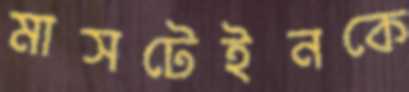
মাসটেইনকে